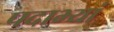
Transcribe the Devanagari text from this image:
पदाभ्यां